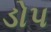
ડોપ